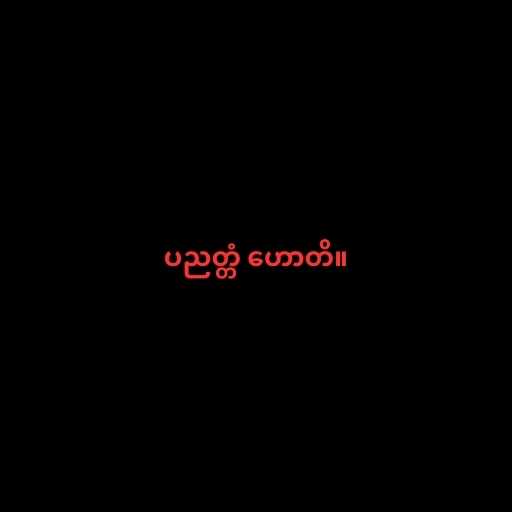
ပညတ္တံ ဟောတိ။